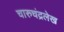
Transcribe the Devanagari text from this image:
चारुचंद्रलेख